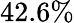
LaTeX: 42.6\%